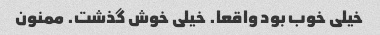
خیلی خوب بود واقعا. خیلی خوش گذشت. ممنون